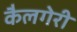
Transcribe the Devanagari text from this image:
कैलगेरी